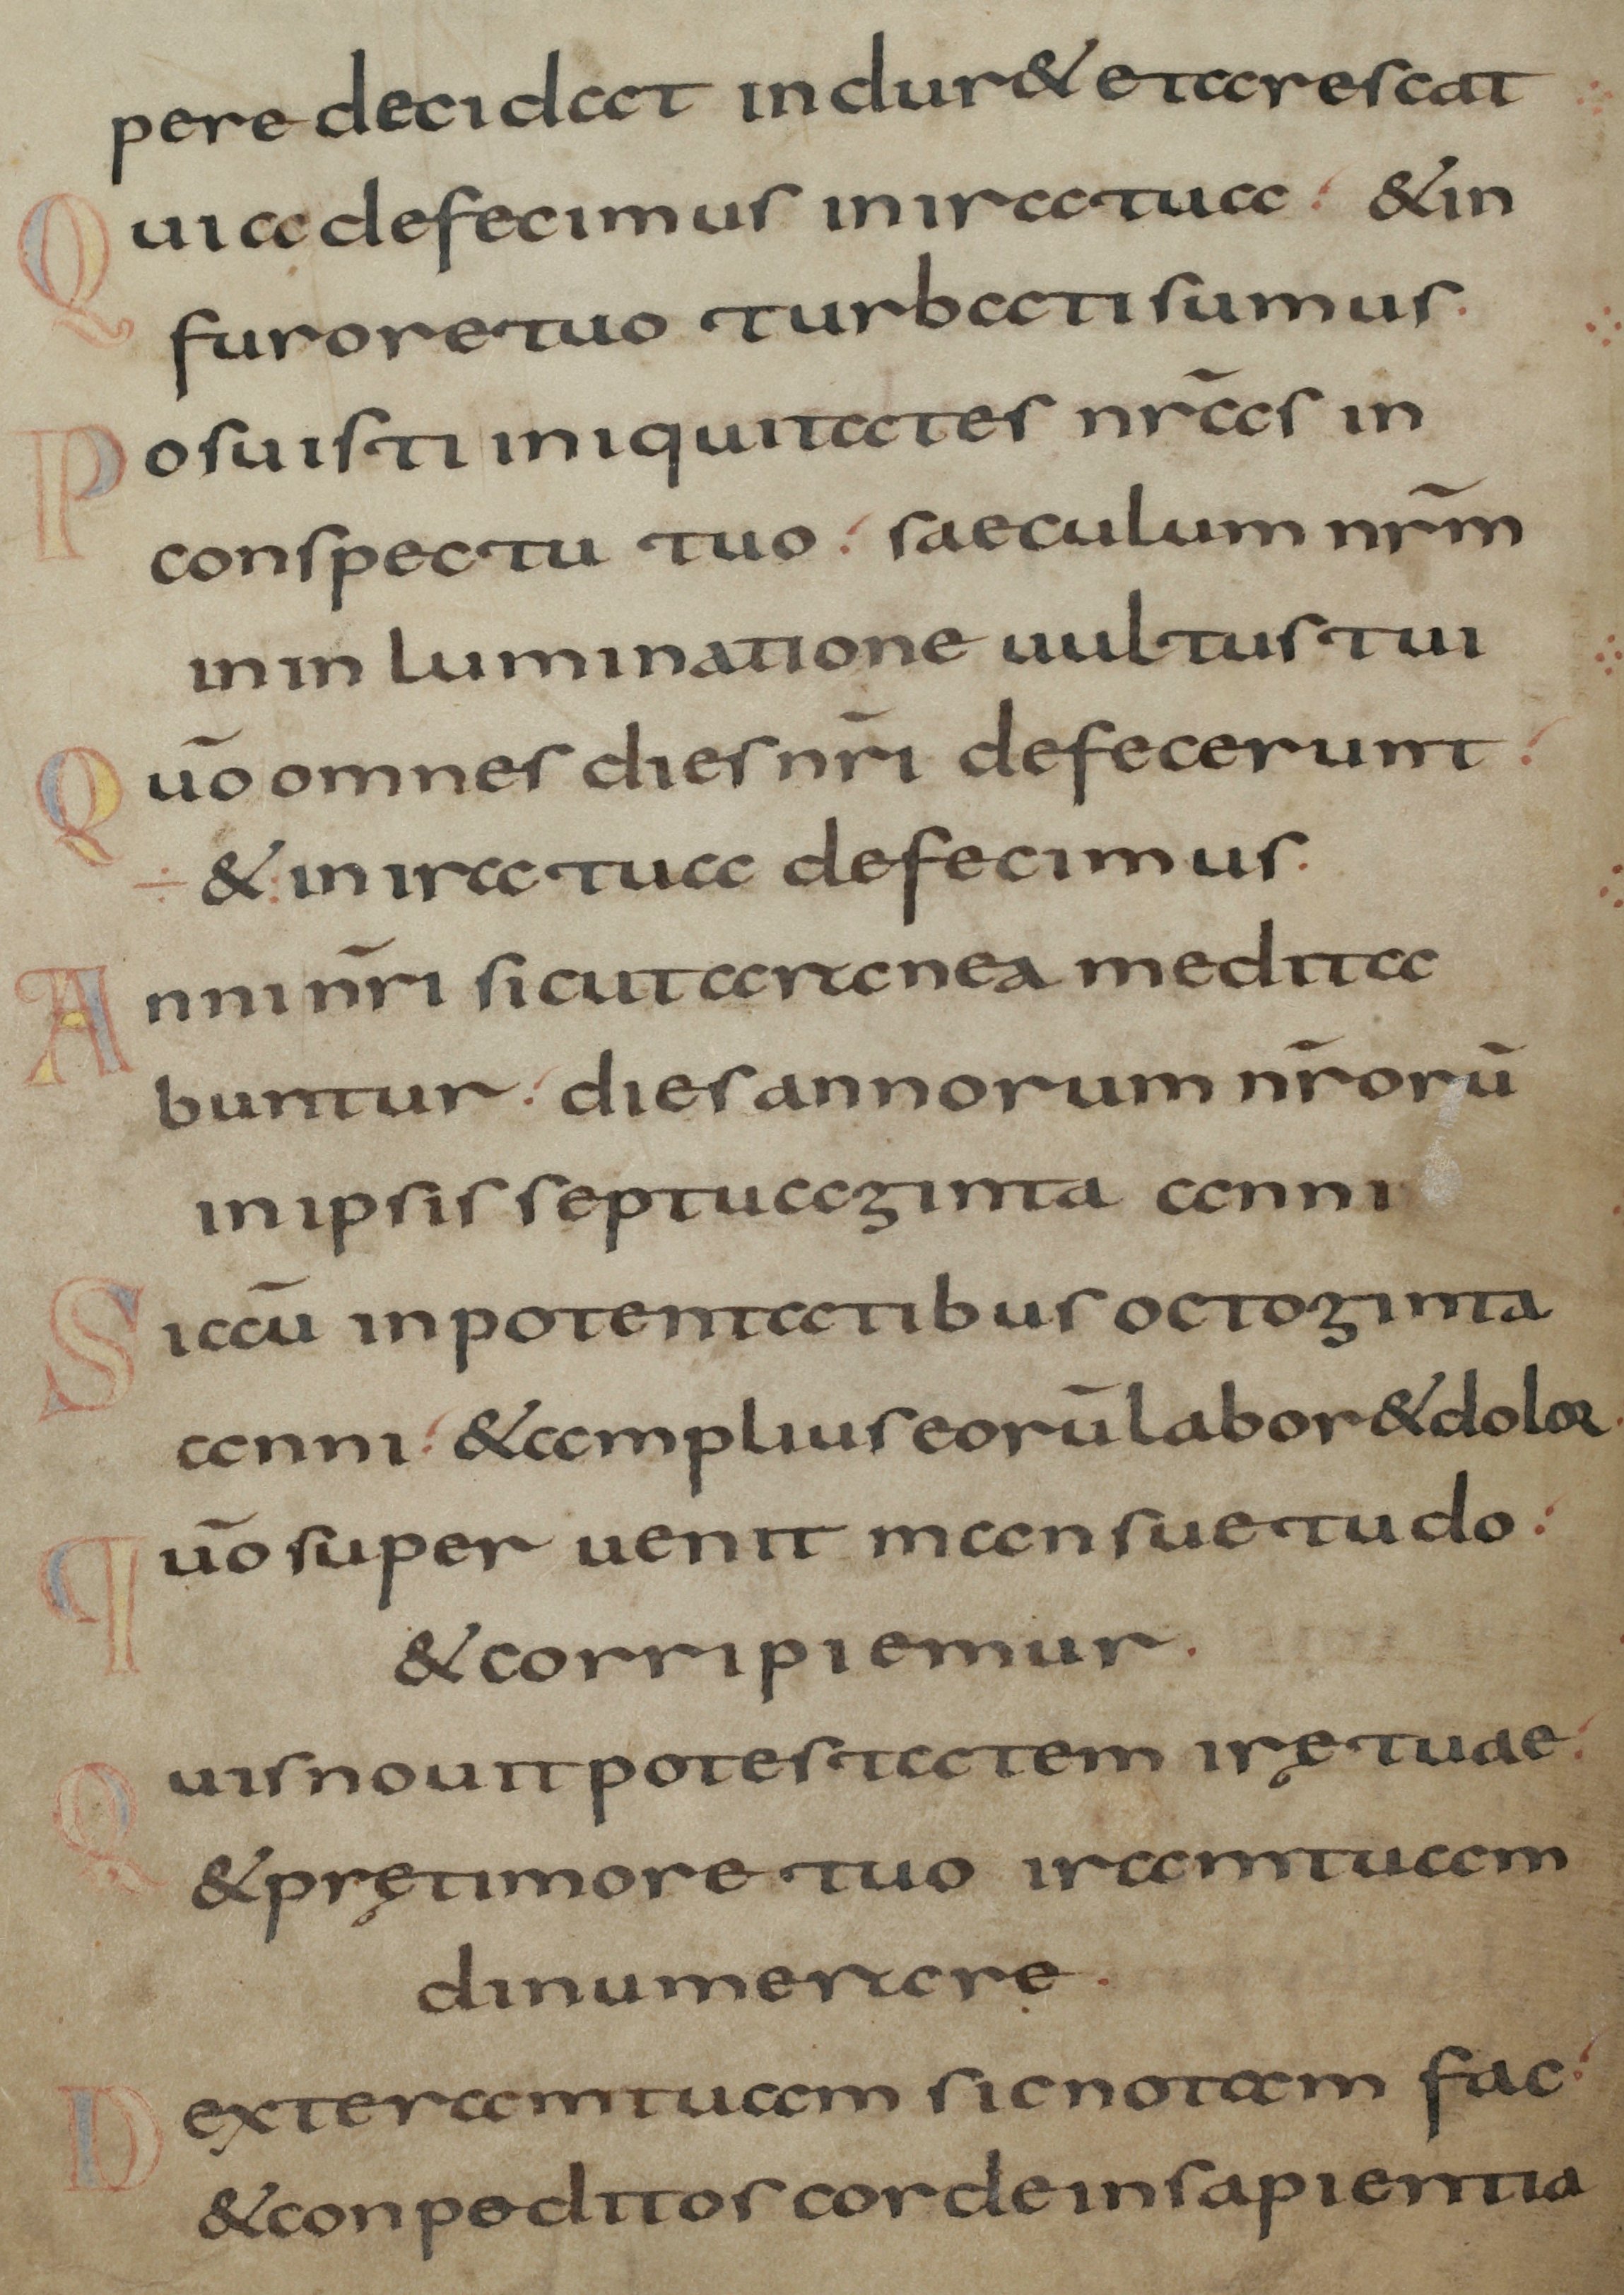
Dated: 800–845